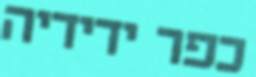
כפר ידידיה